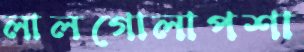
লালগোলাপশা